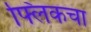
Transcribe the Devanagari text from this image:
फ्लिकचा